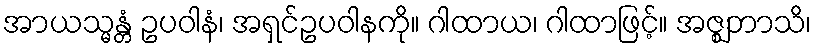
အာယသ္မန္တံ ဥပဝါနံ၊ အရှင်ဥပဝါနကို။ ဂါထာယ၊ ဂါထာဖြင့်။ အဇ္ဈဘာသိ၊